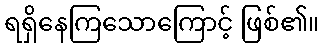
ရရှိနေကြသောကြောင့် ဖြစ်၏။